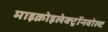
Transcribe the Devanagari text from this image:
माइक्रोइलेक्ट्रॉनवोल्ट